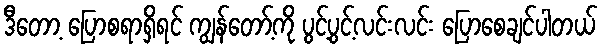
ဒီတော့ ပြောစရာရှိရင် ကျွန်တော့်ကို ပွင့်ပွင့်လင်းလင်း ပြောစေချင်ပါတယ်